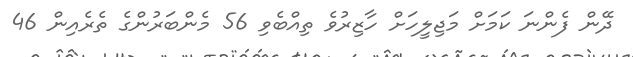
ދޭން ފެންނަ ކަމަށް މަޖިލީހަށް ހާޒިރުވެ ތިއްބެވި 56 މެންބަރުންގެ ތެރެއިން 46